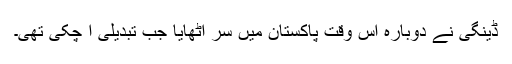
ڈینگی نے دوبارہ اس وقت پاکستان میں سر اٹھایا جب تبدیلی آ چکی تھی۔